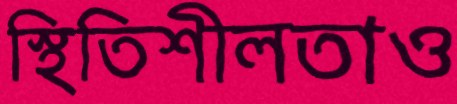
স্থিতিশীলতাও